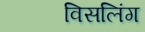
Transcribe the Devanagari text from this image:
विसलिंग